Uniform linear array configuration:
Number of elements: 4
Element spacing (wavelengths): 0.5
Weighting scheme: hann
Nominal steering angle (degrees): -60
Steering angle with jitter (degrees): -61.463
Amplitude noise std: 0.05
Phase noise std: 0.05

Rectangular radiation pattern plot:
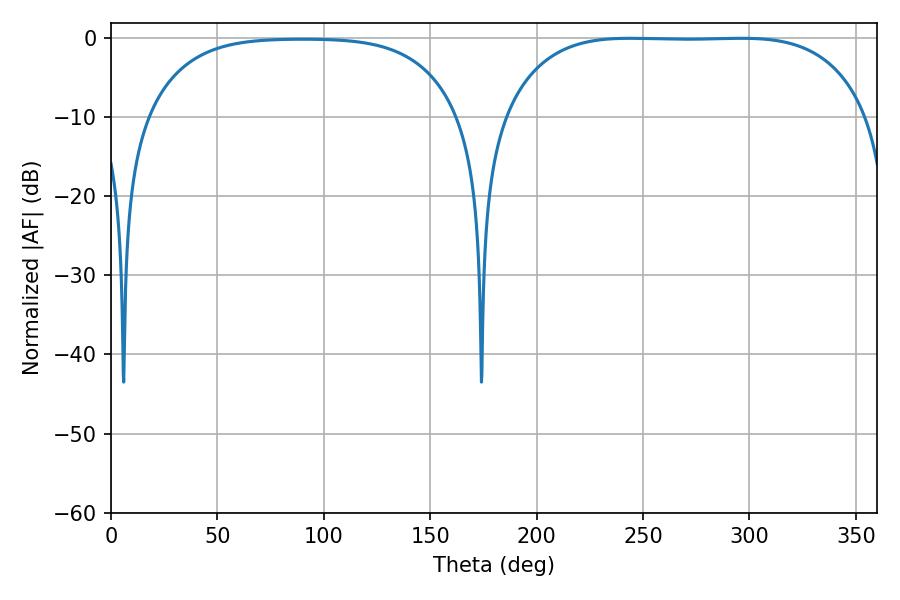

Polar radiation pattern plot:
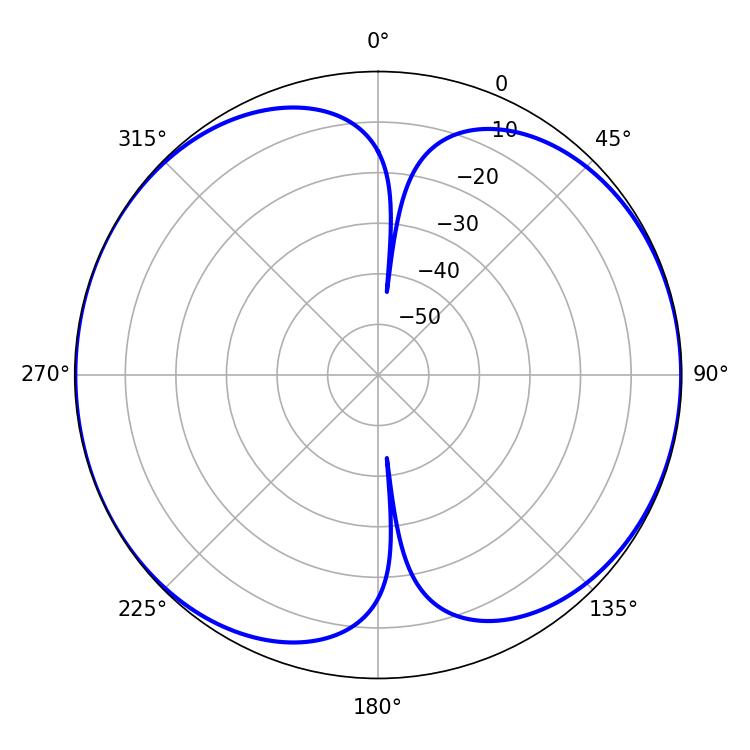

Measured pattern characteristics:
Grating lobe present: FALSE
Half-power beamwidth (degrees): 132.84
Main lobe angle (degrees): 243.72